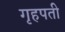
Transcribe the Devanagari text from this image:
गृहपती